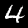
Digit: 4